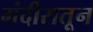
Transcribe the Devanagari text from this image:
मंदीरातून